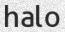
halo